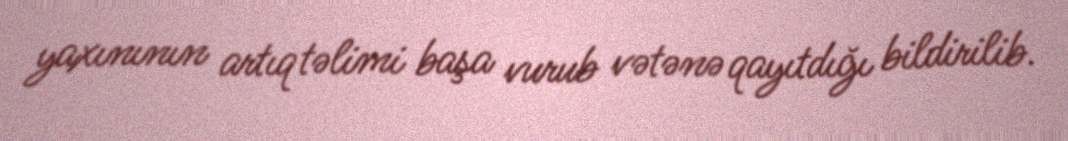
yaxınının artıq təlimi başa vurub vətənə qayıtdığı bildirilib.